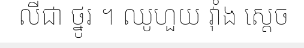
លីជា ថ្នូរ ។ ឈូហួយ វ៉ាំង ស្តេច